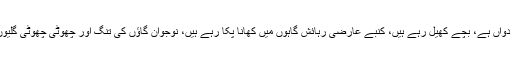
دور سے دیکھنے میں معلوم ہوتا ہے کہ اس کیمپ میں زندگی رواں دواں ہے، بچے کھیل رہے ہیں، کنبے عارضی رہائش گاہوں میں کھانا پکا رہے ہیں، نوجوان گاؤں کی تنگ اور چھوٹی چھوٹی گلیوں میں بھاگ دوڑ رہے ہیں اور خواتین دیگر کاموں میں مصروف ہیں۔